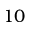
1 0